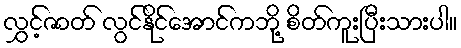
လွှင့်ဇာတ် လွင်နိုင်အောင်ကဘို့ စိတ်ကူးပြီးသားပါ။